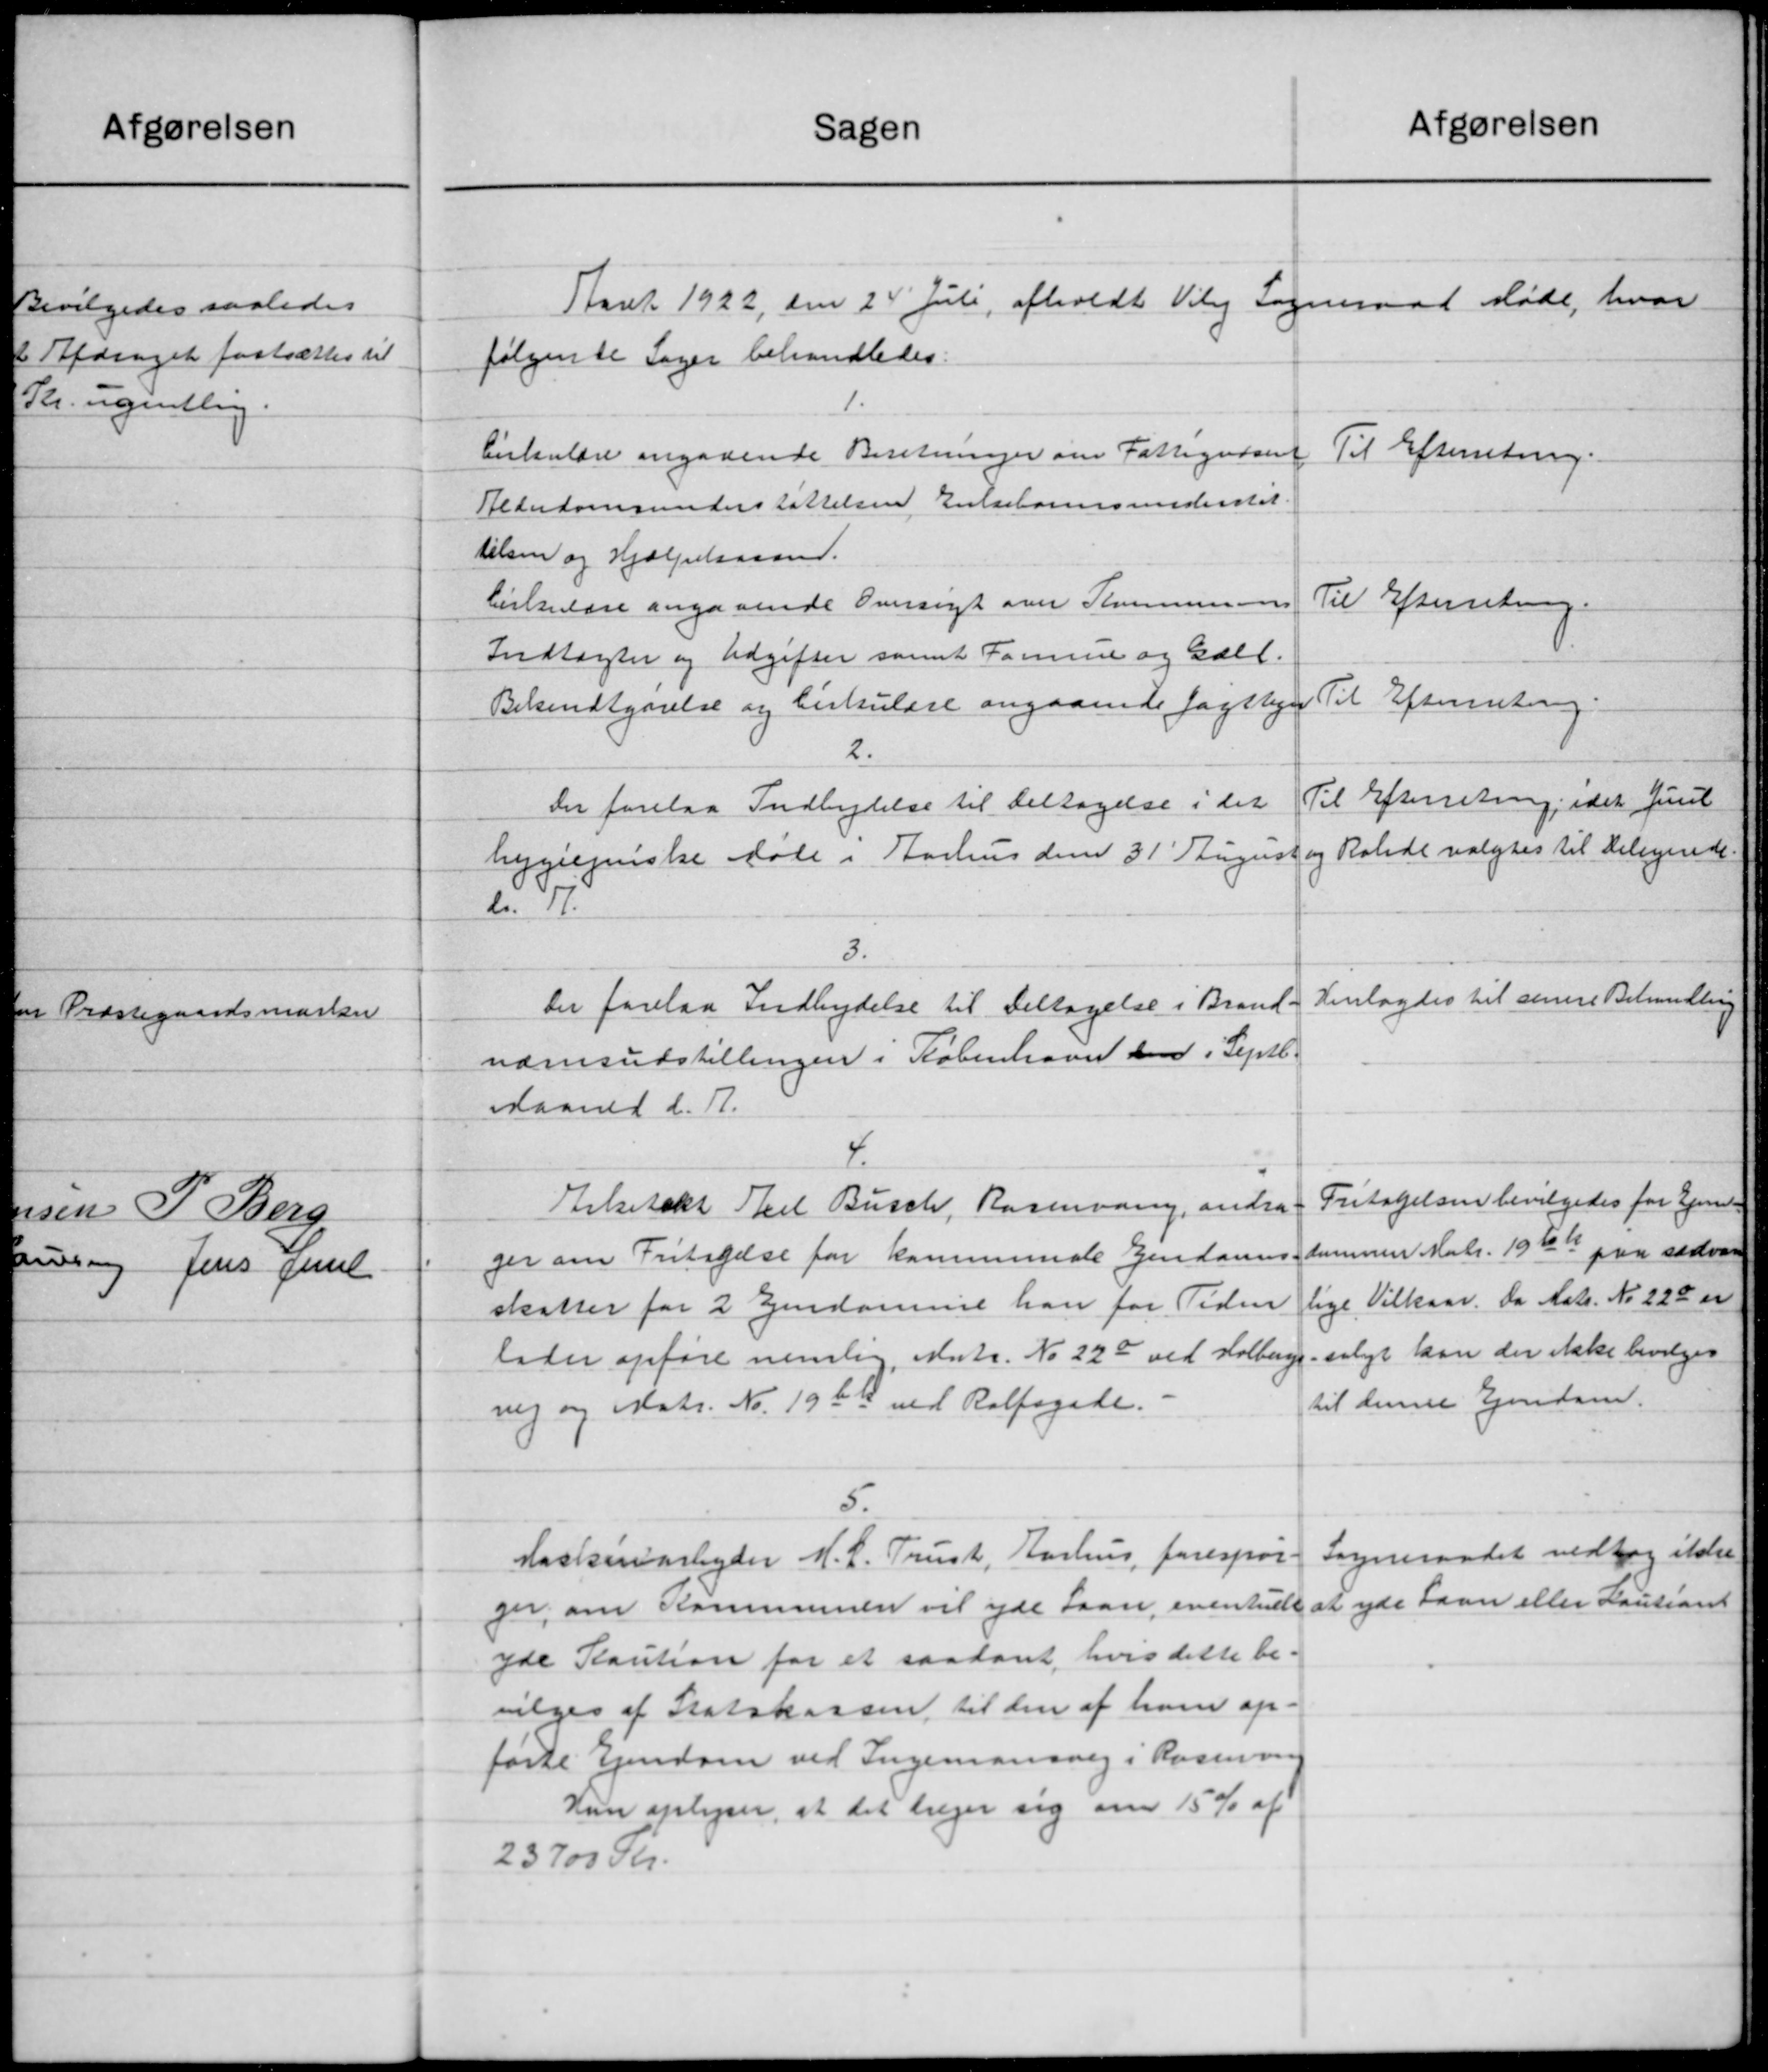
Transskription:
Afgørelsen
Sagen
Aaret 1922 den 24 Juli afholdt Vil Sogneraad Møde, hvor
følgende Sager behandledes:
1
Cirkulære angaaende Beretninger om Fattigvæsent
Til Efterretning.
Alderdomsunderstøttelsen Enkebørnsunderstøt.
ielsen og Hjælpekasand.
Til Efterretning.
Cirkulære angaaende Oversigt over Kommunens
Indtægter og Udgifter samt Formue og Gall.
Til Efterretning.
Bekendtgørelse og Cirkulære angaaende fattige
2.
Til Efterretning, idet Juul
Der forelaa Indbydelse til deltagelse i det
hygiejniske Møde i Aarhus den 31' August og Ralede valgtes til Delegende
2.07
3.
Henlagdes til senere Behandling
Der forelaa Indbydelse til Deltagelse i Brand-
nævnsudstillingen i København den i Septb.
Maaned d. A.
Fritagelsen bevilgedes for Ejene-
Erkitekt Skel Busch, Rasmusen, andra-
dennem Matr. 1966 paa sædvan
ger om Fritagelse for kommunale Ejendoms-
lige Vilkaar. Da Matr. No. 228 er
skatter for 2 Ejendomme han for Tiden
solgt kan der ikke bevilges
lader opføre nemlig, Matr. No. 220 ved Holbergs
til denne Ejendom.
nig og Matr. No. 1966 med Rolfogede.
5.
Sogneraadet vedtog ikke
Kaskinarbejder M. L. Trust, Aarhus forespør
at yde Laan eller Kautiont
ger, om Kommunen vil yde Laan eventuelt
yde Kaution for et saadant, hvis dette be-
vilges af Statskassen til den af ham op-
førte Ejendom ved Ingemansvej i Kasseroen
Hun oplyser, at det treger sig om 15 % af
23700 Kr.